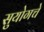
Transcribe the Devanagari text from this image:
सुयोगचे